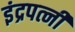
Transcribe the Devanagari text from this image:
इंद्रपत्नी